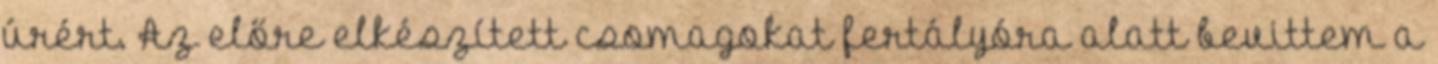
úrért. Az előre elkészített csomagokat fertályóra alatt bevittem a